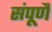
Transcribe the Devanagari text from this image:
संपूर्णै